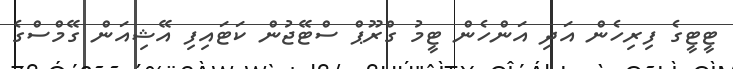
ޓީޓީގެ ފިރިހެން އަދި އަންހެން ޓީމު ގްރޫޕް ސްޓޭޖުން ކަޓައިފި އޭޝިއަން ގޭމްސްގެ